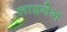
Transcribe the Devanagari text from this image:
लाइनेन